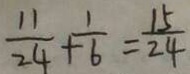
\frac { 1 1 } { 2 4 } + \frac { 1 } { 6 } = \frac { 1 5 } { 2 4 }